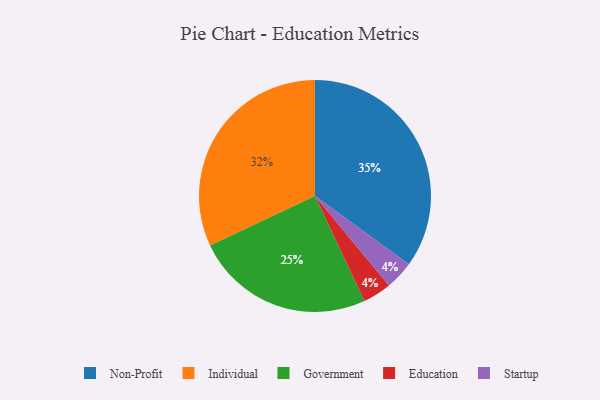
{"axis": {"x": "Category", "y": "Percentage"}, "legend": ["Education", "Government", "Individual", "Non-Profit", "Startup"], "data": [{"x": "Individual", "y": 32, "type": "Individual"}, {"x": "Government", "y": 25, "type": "Government"}, {"x": "Education", "y": 4, "type": "Education"}, {"x": "Startup", "y": 4, "type": "Startup"}, {"x": "Non-Profit", "y": 35, "type": "Non-Profit"}]}